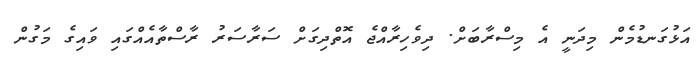
އަޅުގަނޑުމެން މިދަނީ އެ މިސްރާބަށް. ދިވެހިރާއްޖެ އޮތްދިގަށް ސަރާސަރު ރާސްތާއެއްގައި ވައިގެ މަގުން